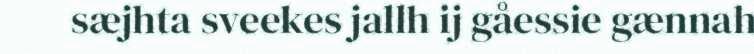
sæjhta sveekes jallh ij gåessie gænnah